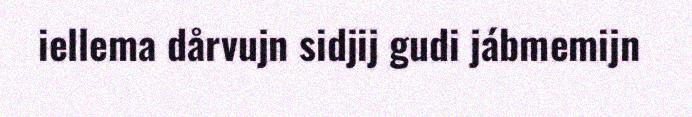
iellema dårvujn sidjij gudi jábmemijn